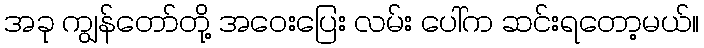
အခု ကျွန်တော်တို့ အဝေးပြေး လမ်း ပေါ်က ဆင်းရတော့မယ်။